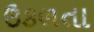
ઉકળતા